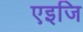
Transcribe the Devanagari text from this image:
एइजि